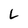
Character: L